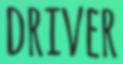
DRIVER